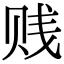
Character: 贱